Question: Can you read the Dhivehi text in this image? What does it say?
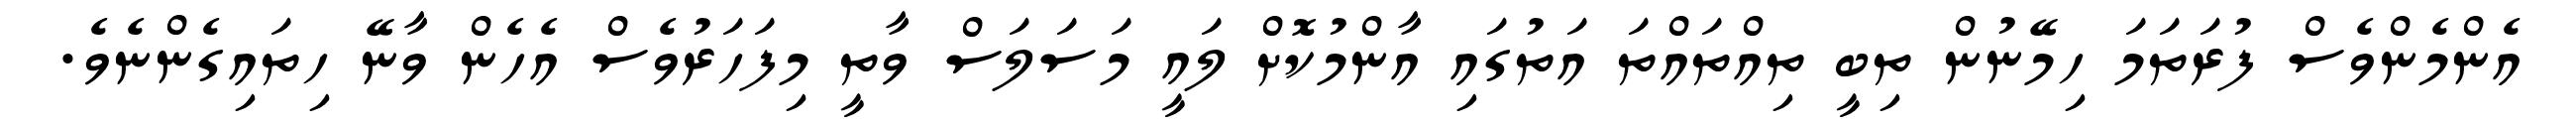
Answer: އެންމެންވެސް ފުރަތަމަ ހިމޭނުން ތިބީ ތިއްތައްތަ އަތުގައި އާންމުކޮށް ލައީ މަސަލަސް ވާތީ މިފަހަރުވެސް އެހެން ވާނޭ ހިތައިގެންނެވެ.